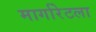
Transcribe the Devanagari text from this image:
मार्गारेटला